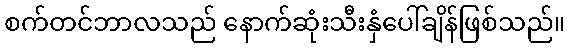
စက်တင်ဘာလသည် နောက်ဆုံးသီးနှံပေါ်ချိန်ဖြစ်သည်။